Vital statistics of India. Vol. VI, European troops 1870-79
Year: 1870
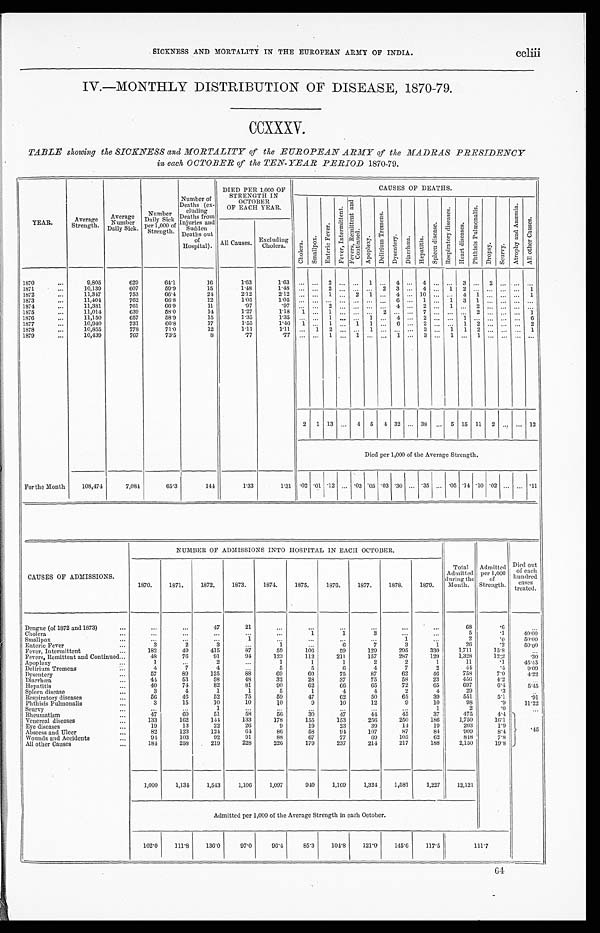
SICKNESS AND MORTALITY IN THE EUROPEAN ARMY OF INDIA.
ccliii
IV.—MONTHLY DISTRIBUTION OF DISEASE, 1870-79.
CCXXXV.
TABLE showing the SICKNESS and MORTALITY of the EUROPEAN ARMY the MADRAS PRESIDENCY
in, each OCTOBER of the TEN - YEAR PERIOD 1870-79.
YEAR.
Average
S t r e n g t h .
Average
Number
Daily Sick.
Number
Daily Sick
per 1,000 of
Strength.
Number of
Deaths (ex-
cluding
Deaths from
Injuries and S u d d e n
Deaths out
of
Hospitals).
DIED PER 1,000 OF
STRENGTH IN
OCTOBER
OF EACH YEAR.
CAUSES OF DEATHS.
All Causes.
Excluding
Cholera.
1870
...
9,805
629
64.1
16
1 . 6 3
1.63
...
...
2
. . .
. . .
1 ...
4
. . .
4 ...
. . .3
...
2 ...
. . . ...
1871
...
10,139
607
59.9
15
1.48
1.48
...
...
2
. . .
. . .
. . . 2
3
. . .
4 ...
1 2
...
. . . ...
. . . 1
1872
11,347
753
66.4
24
2.12
2 . 1 2
... ...
1
. . .
2
1
...
4
...
10
...
..
4
1 ...
...
...
1
1873
...
11,404
762
66.8
12
1.05
1.05
...
...
. . . ...
. . .
...
... 6
. . .
1 ...
1 3
1
. . . ...
. . ....
1874
...
11,381
761
66.9
11
.97
.97
... ...
2
. . .
. . .
. . ....
4
. . .
2 ...
1 ...
2
. . . ...
. . ....
1875
11,014
639
58.0
14
1 . 2 7
1.18
1
...
1
...
...
...
2
...
...
7 ...
...
...
2 ...
...
...
1
1876
...
11,150
657
58.9
15
1.35
1 . 3 5 ... ...
1
. . .
. . .
1 ...
4
. . .
2 ...
. . .1
. . .
. . . ...
. . .6
1877
10,940
731
6 6 . 8
17
1.55
1 . 4 6
1 ...
1
. . . 1
1
...
6
...
2 .....
...
1
2 ...
....
.....
2
1878
...
10,855
778
71.0
12
1 . 1 1
1 . 1 1 ...
1
2
. . .
. . . 1 ...
...
. . . 3 ...
1
1
2
. . . ...
...
1
1879...
10,439
767
73.5
8
.77
.77
...
...
1
. . .
1
. . ....
1
. . .
3 ...
1 ...
1
. . . ...
. . ....
2
1
13
...
4
5
4
32
...
38
...
5
15
11
2 ...
...
12
Died per 1,000 of the Average Strength.
For the Month
108,474
7,084
65.3
144
1.33
1.31
.02 .01 .12
...
.03 .05 .03 .30 ...
.35
...
.05 .14 .10 .02 ...
... .11
CAUSES OF ADMISSIONS.
NUMBER OF ADMISSIONS INTO HOSPITAL IN EACH OCTOBER.
Tot al
Admitted
during the
Month.
Admitted
per 1,000
of
Strength.
Died out
o f e a c h h u n d r e dc
a s e s
treated.
1870.
1871.
1872.
1873.
1874.
1875.
1876.
1877.
1878.
1879.
Dengue (of 1872 and 1873)
...
...
...
47
21
...
. . .
...
...
...
...
68
. 6
. . .
Cholera
...
. . .
. . .
. . .
. . .
...
1
1
3
. . .
...
5
. 1
4 0 . 0 0
Smallpox
...
...
...
...
1
...
...
...
...
1
...
2
.0
50.00
Enteric Fever
3
2
3
. . .
1
. . .
6
7
3
1
26
.2
50.00
Fever, Intermittent
...
182
49
415
87
59
106
59
129
295
330
1,711
15.8
. . .
Fevers, Remittent and Continued...
48
76
91
94
123
112
211
157
287
129
1,328
12:2
. 3 0
Apoplexy
...
1
...
2
...
1
1
1
2
2
1
11
.1
45.45
Delirium Tremens
...
4
7
4
. . .
5
5
6
4
7
2
44
.4
9.09
Dysentery
...
57
89
125
88
69
60
75
87
62
46
758
7.0
4 . 2 2
Diarrhoea
...
44
53
58
48
32
28
37
75
58
23
456
4.2
...
Hepatitis
...
40
74
82
81
90
62
66
65
72
65
697
6 . 4
5.45
Spleen disease
...
3
4
1
1
5
1
4
4
2
4
29
.3
. . .
Respiratory diseases
...
56
46
52
75
59
47
62
50
65
39
551
5.1
. 9 1
Phthisis Pulmonalis
...
3
15
10
10
10
9
10
12
9
10
98
.9
11.22
Scurvy ...
..
. . .
1
...
...
. . .
...
...
...
1
2
.0
...
Rheumatism ....
47
.60
51
58
56
30
47
44
45
37
475
4.4
Venereal diseases
...
133
162
141
133
178
155
153
256
250
186
1,750
16.1
Eye diseases
...
19
13
22
26
9
19
23
39
14
19
203
1.9
.45
Abscess and Ulcer
...
82
123
124
64
86
58
94
107
87
84
909 8 . 4
Wounds and Accidents
...
94
103
92
91
88
67
77
69
105
62
848
7.8
All other Causes
...
184
258
219
228
226
179
237
214
217
188
2,150
19.8
1,000
1,134
1,543
1,106
1,097
940
1,169
1 , 3 2 4
1,581
1,227
12,121
Admitted per 1,000 of the Average Strength in each October.
102.0
111.8
136.0
97.0
9 6 . 4
85.3
104.8
121.0
145.6
117.5
111.7
64